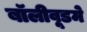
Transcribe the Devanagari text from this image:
बॉलीवूडमे